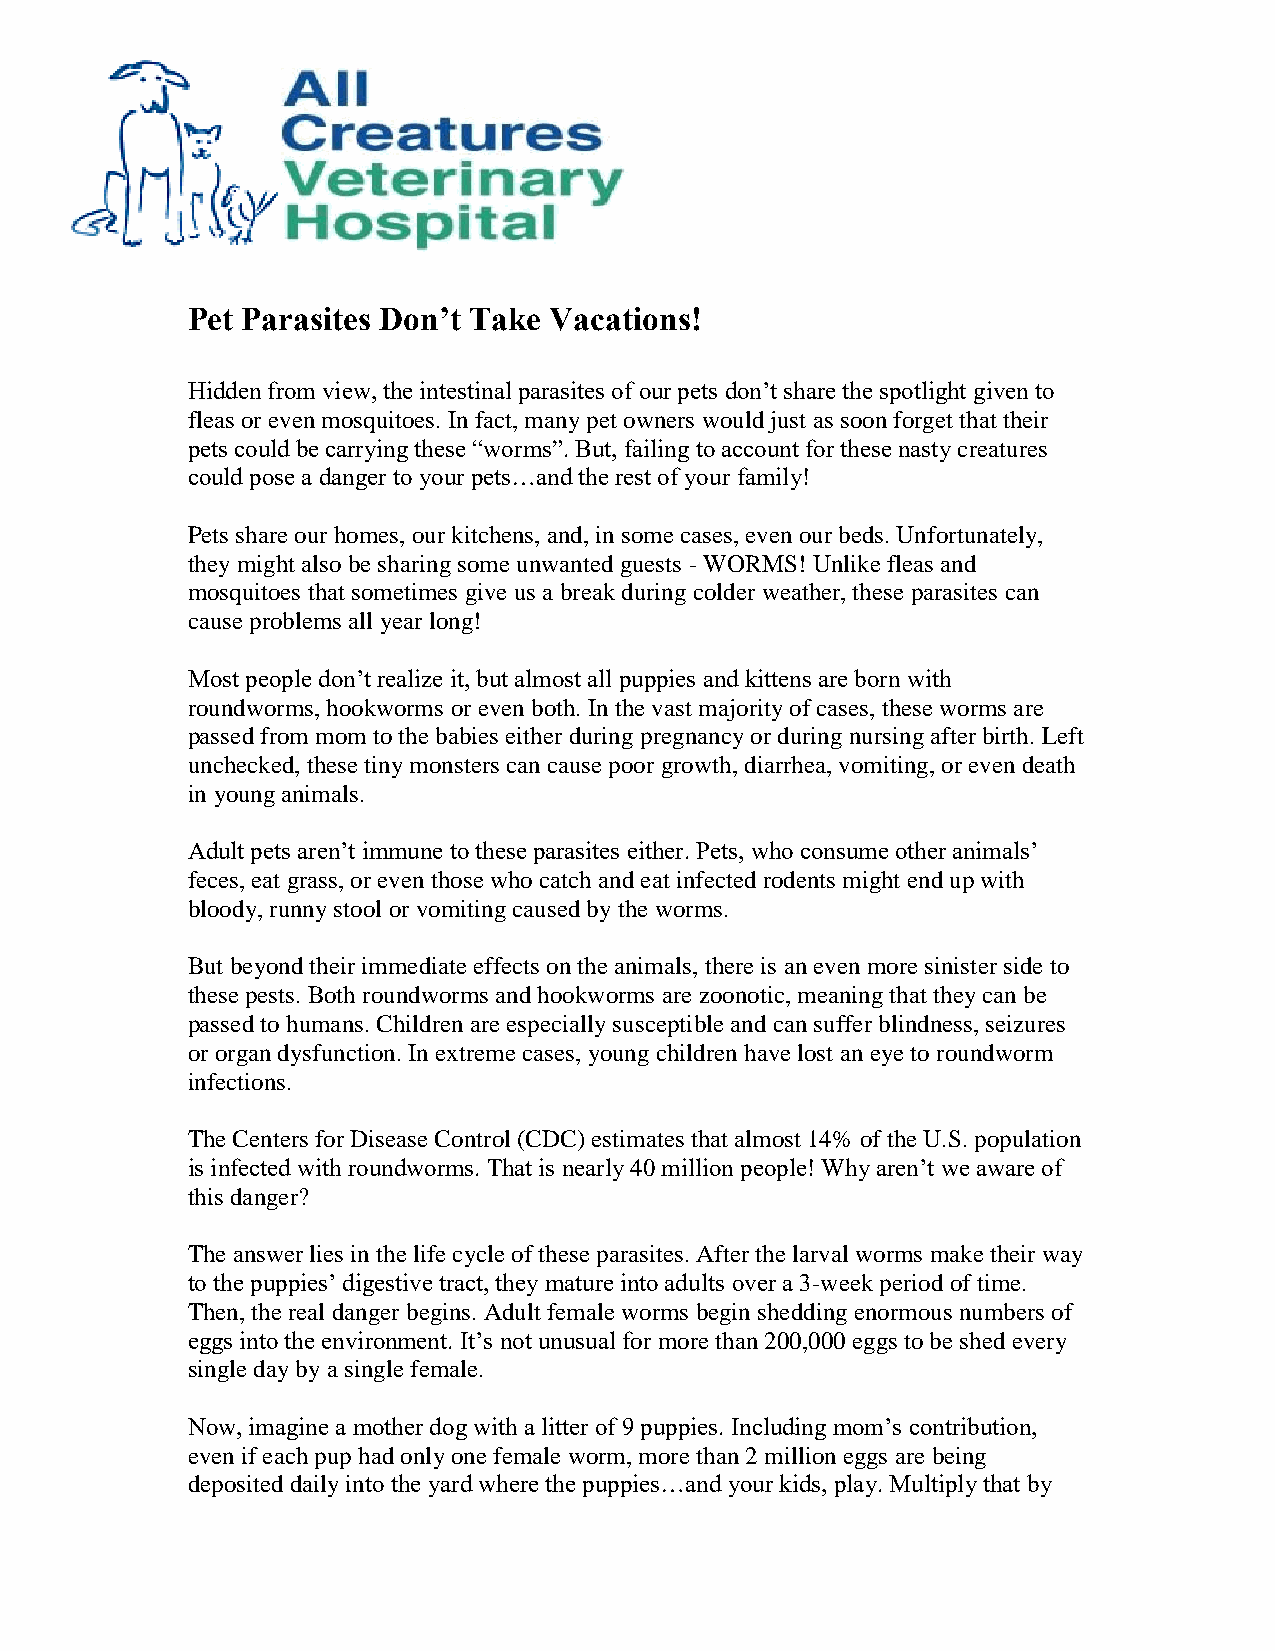
Pet Parasites Don’t Take Vacations!
 Hidden from view, the intestinal parasites of our pets don’t share the spotlight given to
 fleas or even mosquitoes. In fact, many pet owners would just as soon forget that their
 pets could be carrying these “worms”. But, failing to account for these nasty creatures
 could pose a danger to your pets…and the rest of your family!
 Pets share our homes, our kitchens, and, in some cases, even our beds. Unfortunately,
 they might also be sharing some unwanted guests - WORMS! Unlike fleas and
 mosquitoes that sometimes give us a break during colder weather, these parasites can
 cause problems all year long!
 Most people don’t realize it, but almost all puppies and kittens are born with
 roundworms, hookworms or even both. In the vast majority of cases, these worms are
 passed from mom to the babies either during pregnancy or during nursing after birth. Left
 unchecked, these tiny monsters can cause poor growth, diarrhea, vomiting, or even death
 in young animals.
 Adult pets aren’t immune to these parasites either. Pets, who consume other animals’
 feces, eat grass, or even those who catch and eat infected rodents might end up with
 bloody, runny stool or vomiting caused by the worms.
 But beyond their immediate effects on the animals, there is an even more sinister side to
 these pests. Both roundworms and hookworms are zoonotic, meaning that they can be
 passed to humans. Children are especially susceptible and can suffer blindness, seizures
 or organ dysfunction. In extreme cases, young children have lost an eye to roundworm
 infections.
 The Centers for Disease Control (CDC) estimates that almost 14% of the U.S. population
 is infected with roundworms. That is nearly 40 million people! Why aren’t we aware of
 this danger?
 The answer lies in the life cycle of these parasites. After the larval worms make their way
 to the puppies’ digestive tract, they mature into adults over a 3-week period of time.
 Then, the real danger begins. Adult female worms begin shedding enormous numbers of
 eggs into the environment. It’s not unusual for more than 200,000 eggs to be shed every
 single day by a single female.
 Now, imagine a mother dog with a litter of 9 puppies. Including mom’s contribution,
 even if each pup had only one female worm, more than 2 million eggs are being
 deposited daily into the yard where the puppies…and your kids, play. Multiply that by